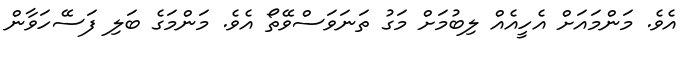
އެވެ. މަންމައަށް އެހީއެއް ލިބުމަށް މަގު ތަނަވަސްވޭތޯ އެވެ. މަންމަގެ ބަލި ފަސޭހަވާން